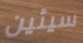
سيئين